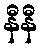
နီနီ